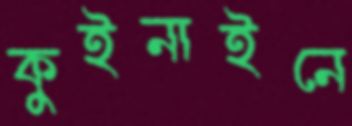
কুইনাইনে